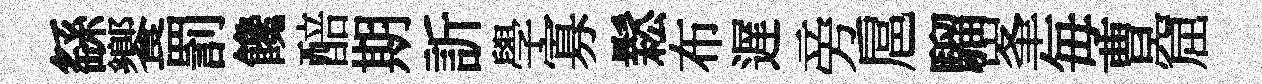
繇饗罰饞醅期訢學寡鬆布遅旁扈騮峯毎曹窟